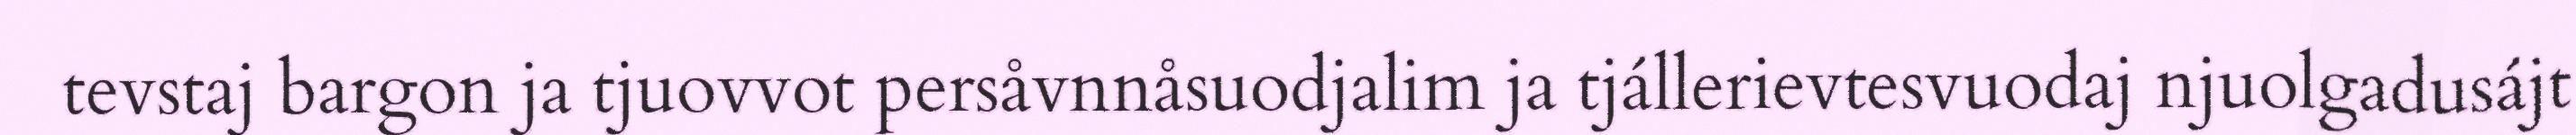
tevstaj bargon ja tjuovvot persåvnnåsuodjalim ja tjállerievtesvuodaj njuolgadusájt